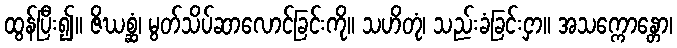
ထွန်ပြီး၍။ ဇိဃစ္ဆံ၊ မွတ်သိပ်ဆာလောင်ခြင်းကို။ သဟိတုံ၊ သည်းခံခြင်းငှာ။ အသက္ကောန္တော၊